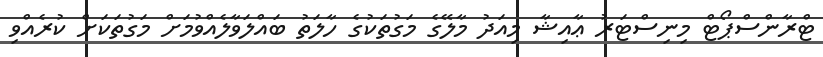
ޓްރާންސްޕޯޓް މިނިސްޓަރު ޢާއިޝާ މިއަދު މާލޭގެ މަގުތަކުގެ ހާލަތު ބައްލަވާލެއްވުމަށް މަގުތަކަށް ކުރެއްވި